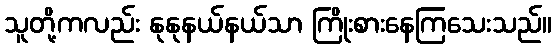
သူတို့ကလည်း နုနုနယ်နယ်သာ ကြိုးစားနေကြသေးသည်။